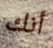
أنك